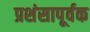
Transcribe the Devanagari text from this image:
प्रशंसापूर्वक